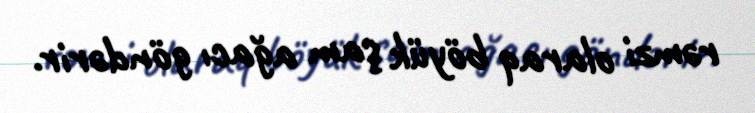
rəmzi olaraq böyük şam ağacı göndərir.